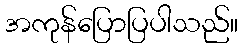
အကုန်ပြောပြပါသည်။